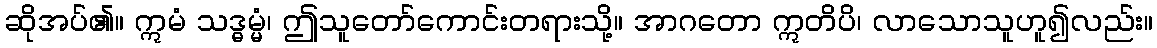
ဆိုအပ်၏။ ဣမံ သဒ္ဓမ္မံ၊ ဤသူတော်ကောင်းတရားသို့။ အာဂတော ဣတိပိ၊ လာသောသူဟူ၍လည်း။